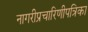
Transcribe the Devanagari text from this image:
नागरीप्रचारिणीपत्रिका